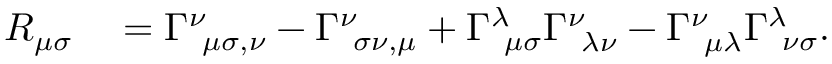
\begin{array} { r l } { R _ { \mu \sigma } } & { { } = \Gamma _ { \, \, \, \mu \sigma , \nu } ^ { \nu } - \Gamma _ { \, \, \, \sigma \nu , \mu } ^ { \nu } + \Gamma _ { \, \, \, \mu \sigma } ^ { \lambda } \Gamma _ { \, \, \, \lambda \nu } ^ { \nu } - \Gamma _ { \, \, \, \mu \lambda } ^ { \nu } \Gamma _ { \, \, \, \nu \sigma } ^ { \lambda } . } \end{array}